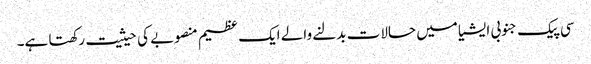
سی پیک جنوبی ایشیا میں حالات بدلنے والے ایک عظیم منصوبے کی حیثیت رکھتا ہے۔